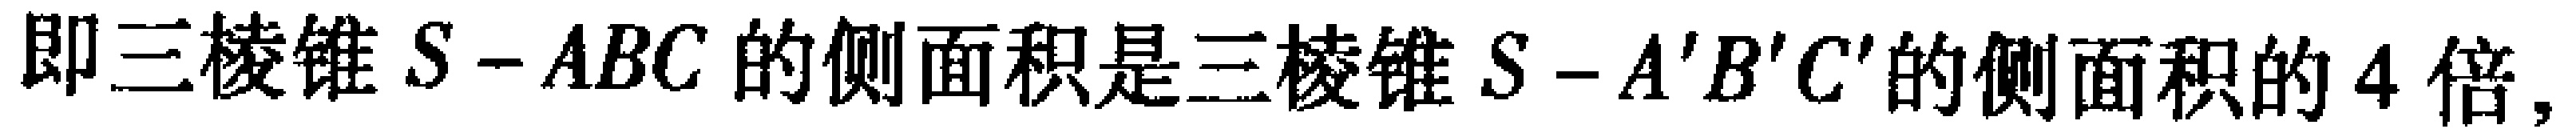
即三棱锥 \(S - ABC\) 的侧面积是三棱锥 \(S - A'B'C'\) 的侧面积的 \(4\) 倍,